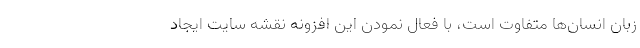
زبان انسان‌ها متفاوت است، با فعال نمودن این افزونه نقشه سایت ایجاد